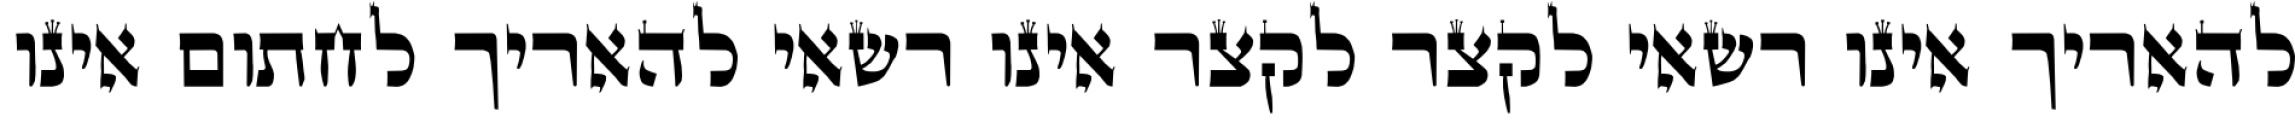
להאריך אינו רשאי לקצר לקצר אינו רשאי להאריך לחתום אינו